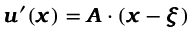
{ \pmb u } ^ { \prime } ( { \pmb x } ) = { \pmb A } \cdot ( { \pmb x } - { \pmb \xi } )